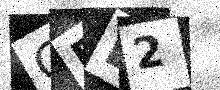
Text: GFL2